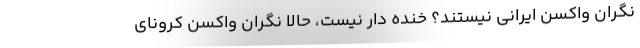
نگران واکسن ایرانی نیستند؟ خنده دار نیست، حالا نگران واکسن کرونای